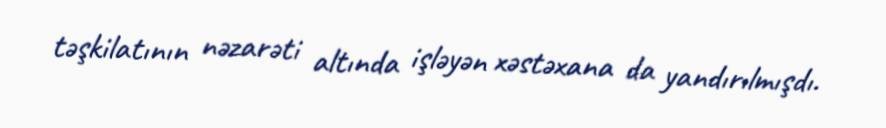
təşkilatının nəzarəti altında işləyən xəstəxana da yandırılmışdı.